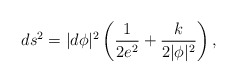
\begin{align*}ds^2 = |d\phi|^2 \left(\frac{1}{2e^2} + \frac{k}{2|\phi|^2} \right),\end{align*}